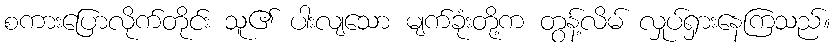
စကားပြောလိုက်တိုင်း သူ၏ ပါးလျသော မျက်ခုံးတို့က တွန့်လိမ် လှုပ်ရှားနေကြသည်။